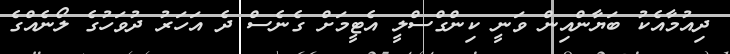
ދިއުމާއެކު ބަޔާންއިން ވަނީ ކިންގްސްލީ އެޓީމަށް ގެނެސް ދެ އަހަރު ދުވަހުގެ ލޯނެއްގެ